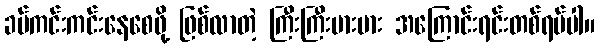
ခပ်ကင်းကင်းနေစေဖို့ ဖြစ်လာတဲ့ ကြီးကြီးမားမား အကြောင်းရင်းတစ်ရပ်ပါ။